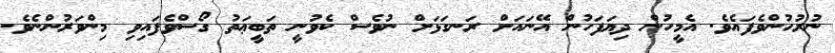
ނުރުހުންވެފައެވެ. އެމީހުން ދިޔަފަހުން އޭނައަށް ރަނގަޅަށް ނުވެސް ކެވުނީ ތަބީޢަތު ގޯސްވެފައިވި މިންވަރުންނެވެ.